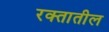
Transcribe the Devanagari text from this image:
रक्‍तातील